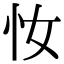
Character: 𢖵